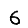
Digit: 6